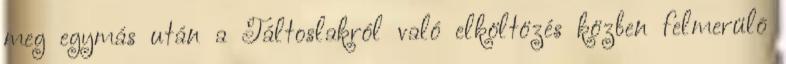
meg egymás után a Táltoslakról való elköltözés közben felmerülõ